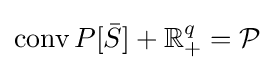
\operatorname {conv} P[{\bar {S}}]+\mathbb {R} _{+}^{q}={\mathcal {P}}